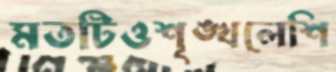
মতটিওশৃঙ্খলেশি